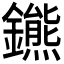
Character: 𨮳